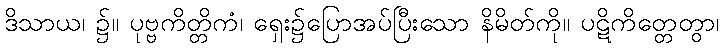
ဒိသာယ၊ ၌။ ပုဗ္ဗကိတ္တိကံ၊ ရှေး၌ပြောအပ်ပြီးသော နိမိတ်ကို။ ပဋိကိတ္တေတွာ၊